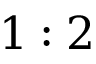
1 : 2